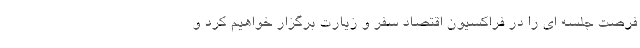
فرصت جلسه ای را در فراکسیون اقتصاد سفر و زیارت برگزار خواهیم کرد و